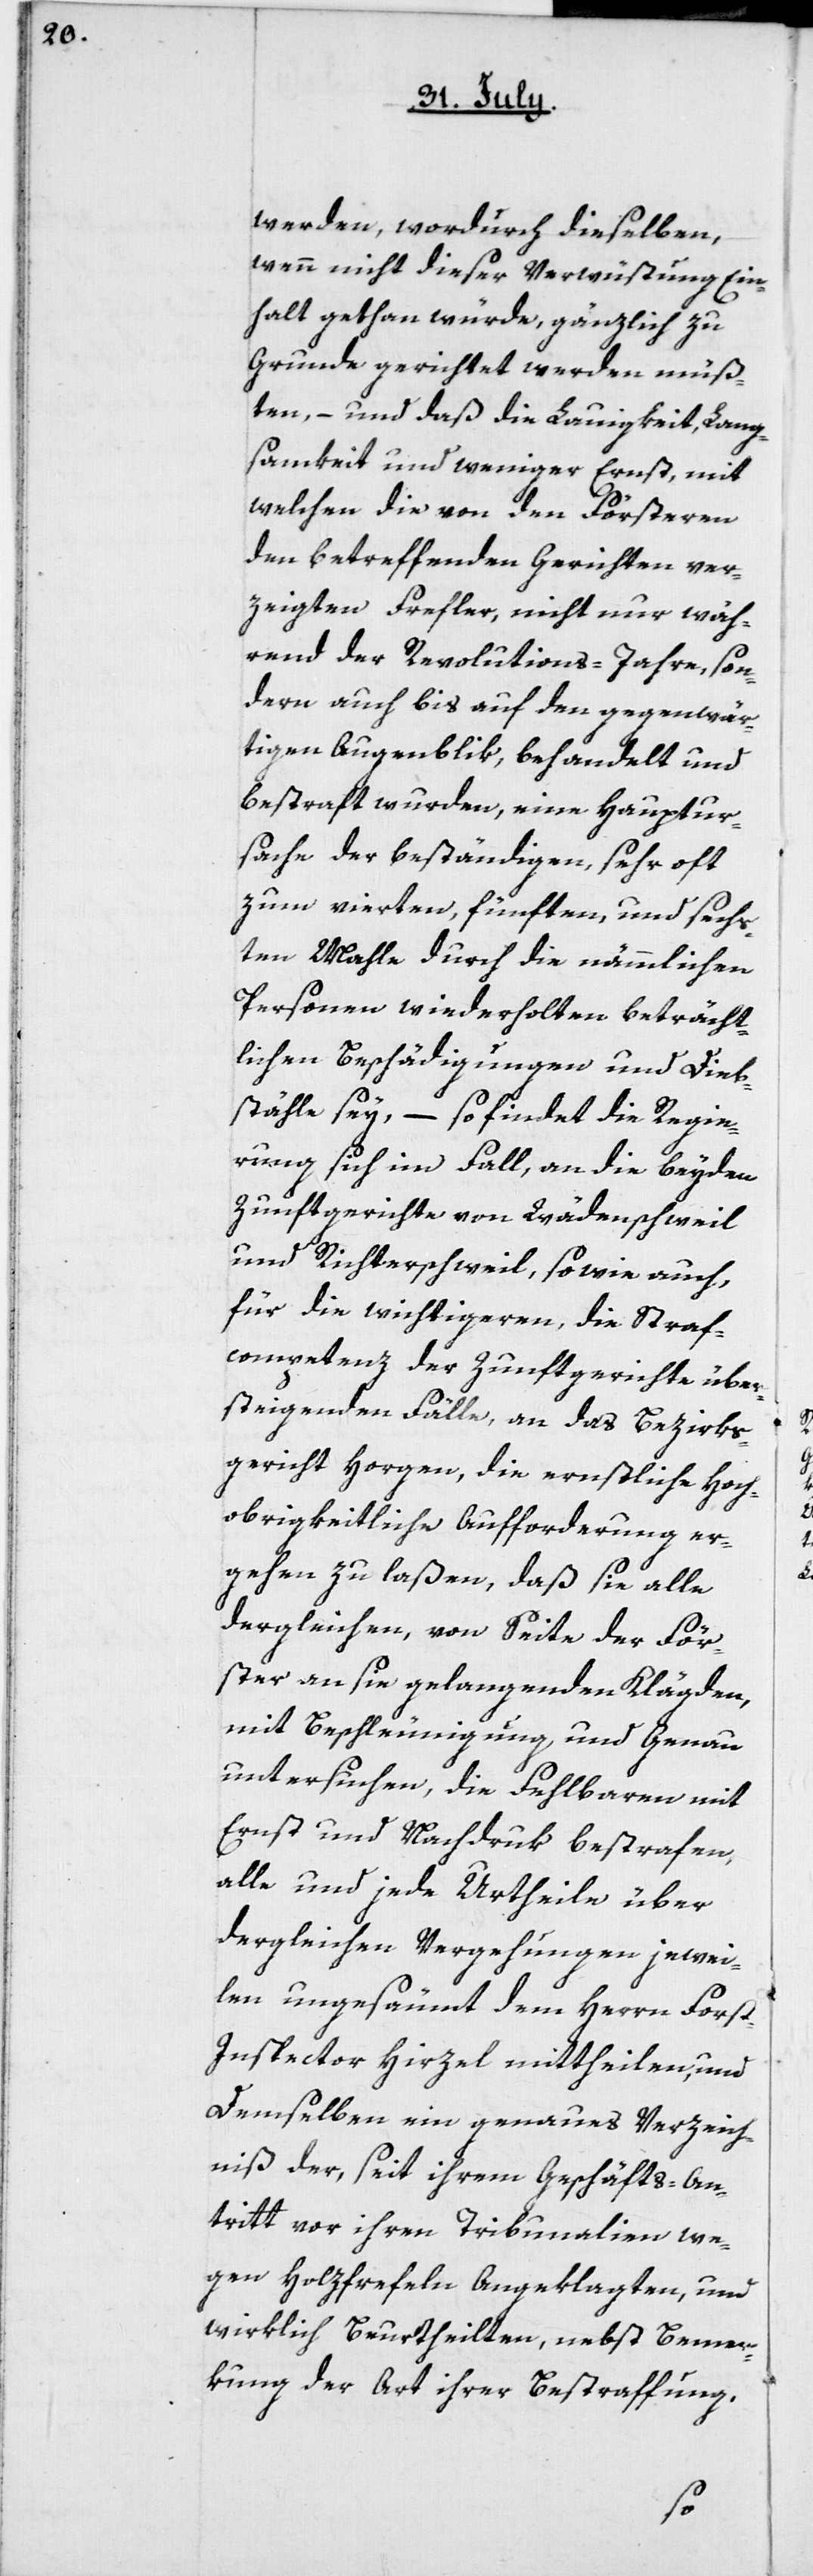
werden, wordurch dieselben,
wenn nicht dieser Verwüstung Ein¬
halt gethan würde, gänzlich zu
Grunde gerichtet werden müß¬
ten, – und daß die Lauigkeit, Lang¬
samkeit und weniger Ernst, mit
welchen die von den Försteren
den betreffenden Gerichten ver¬
zeigten Frefler, nicht nur wäh¬
rend der Revolutions-Jahre, son¬
dern auch bis auf den gegenwär¬
tigen Augenblik, behandelt und
bestraft wurden, eine Hauptur¬
sache der beständigen, sehr oft
zum vierten, fünften und sechs¬
ten Mahle durch die nämmlichen
Personen wiederholten beträcht¬
lichen Beschädigungen und Dieb¬
stähle sey, – so findet die Regie¬
rung sich im Fall, an die beyden
Zunftgerichte von Wädenschweil
und Richterschweil, sowie auch
für die wichtigeren, die Straf¬
competenz der Zunftgerichte über¬
steigenden Fälle, an das Bezirks¬
gericht Horgen, die ernstliche hoch¬
obrigkeitliche Aufforderung er¬
gehen zu laßen, daß sie alle
dergleichen, von Seite der För¬
ster an sie gelangenden Klägden,
mit Beschleunigung und genau
untersuchen, die Fehlbaren mit
Ernst und Nachdruk bestrafen,
alle und jede Urtheile über
dergleichen Vergehungen jewei¬
len ungesäumt dem Herrn Forst¬
inspector Hirzel mittheilen, und
demselben ein genaues Verzeich¬
niß der, seit ihrem Geschäftsan¬
tritt vor ihren Tribunalien we¬
gen Holzfrevel Angeklagten, und
wirklich Beurtheilten, nebst Bemer¬
kung der Art ihrer Bestrafung,